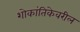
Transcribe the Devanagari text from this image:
शोकांतिकेवरील